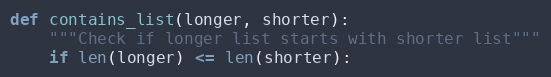
Language: Python
def contains_list(longer, shorter):
    """Check if longer list starts with shorter list"""
    if len(longer) <= len(shorter):